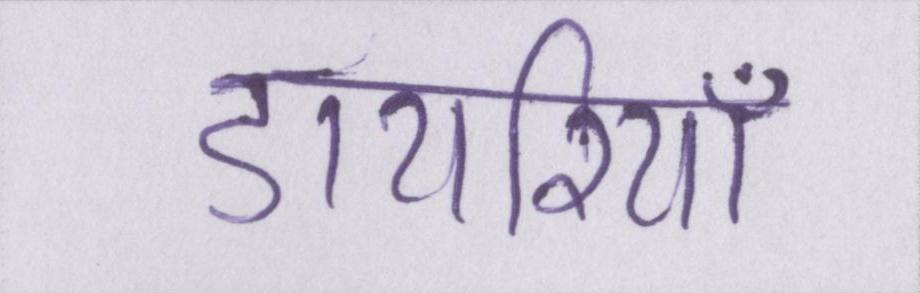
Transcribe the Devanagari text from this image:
डायरियाँ